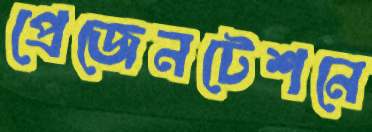
প্রেজেনটেশনে